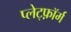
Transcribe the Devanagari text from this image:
प्लेट्फ़ॉर्म